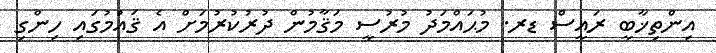
އިންތިޚާބީ ރައީސް ޑރ. މުޙައްމަދު މުރުސީ މަޤާމުން ދުރުކުރުމަށް އެ ޤައުމުގައި ހިންގި